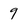
Character: 9